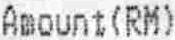
AMOUNT(RM)